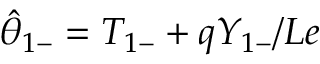
\hat { \theta } _ { 1 - } = { T } _ { 1 - } + q { Y } _ { 1 - } / L e